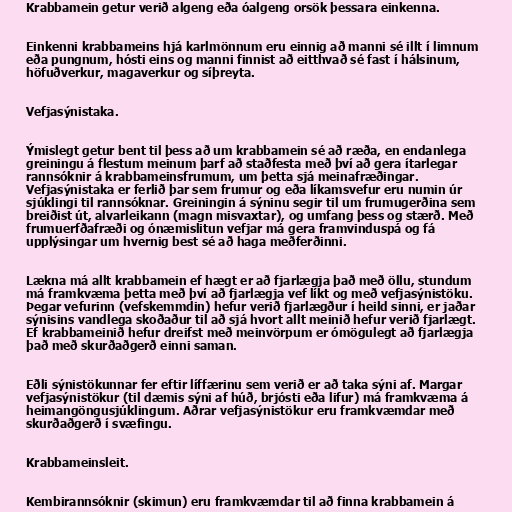
Krabbamein getur verið algeng eða óalgeng orsök þessara einkenna.

Einkenni krabbameins hjá karlmönnum eru einnig að manni sé illt í limnum
eða pungnum, hósti eins og manni finnist að eitthvað sé fast í hálsinum,
höfuðverkur, magaverkur og síþreyta.

Vefjasýnistaka.

Ýmislegt getur bent til þess að um krabbamein sé að ræða, en endanlega
greiningu á flestum meinum þarf að staðfesta með því að gera ítarlegar
rannsóknir á krabbameinsfrumum, um þetta sjá meinafræðingar.
Vefjasýnistaka er ferlið þar sem frumur og eða líkamsvefur eru numin úr
sjúklingi til rannsóknar. Greiningin á sýninu segir til um frumugerðina sem
breiðist út, alvarleikann (magn misvaxtar), og umfang þess og stærð. Með
frumuerfðafræði og ónæmislitun vefjar má gera framvinduspá og fá
upplýsingar um hvernig best sé að haga meðferðinni.

Lækna má allt krabbamein ef hægt er að fjarlægja það með öllu, stundum
má framkvæma þetta með því að fjarlægja vef líkt og með vefjasýnistöku.
Þegar vefurinn (vefskemmdin) hefur verið fjarlægður í heild sinni, er jaðar
sýnisins vandlega skoðaður til að sjá hvort allt meinið hefur verið fjarlægt.
Ef krabbameinið hefur dreifst með meinvörpum er ómögulegt að fjarlægja
það með skurðaðgerð einni saman.

Eðli sýnistökunnar fer eftir líffærinu sem verið er að taka sýni af. Margar
vefjasýnistökur (til dæmis sýni af húð, brjósti eða lifur) má framkvæma á
heimangöngusjúklingum. Aðrar vefjasýnistökur eru framkvæmdar með
skurðaðgerð í svæfingu.

Krabbameinsleit.

Kembirannsóknir (skimun) eru framkvæmdar til að finna krabbamein á